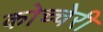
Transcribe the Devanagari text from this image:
कोच्चेरी